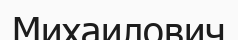
Михаилович